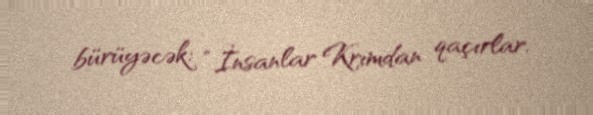
bürüyəcək: “İnsanlar Krımdan qaçırlar.